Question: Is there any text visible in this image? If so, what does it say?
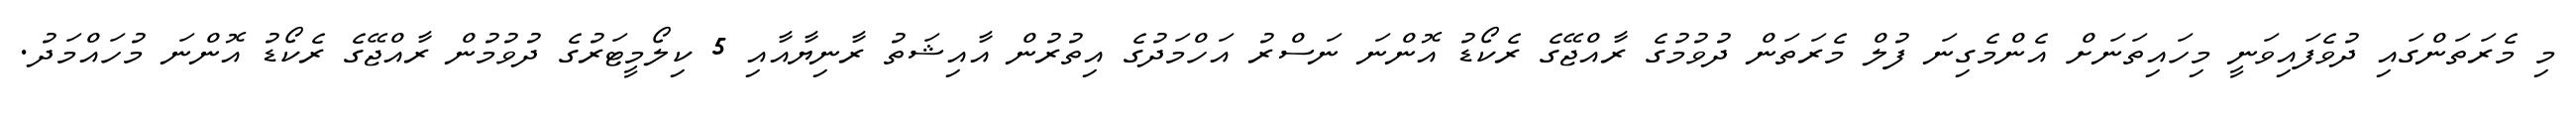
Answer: މި މެރަތަންގައި ދުވެފައިވަނީ މިހައިތަނަށް އެންމެގިނަ ފުލް މެރަތަން ދުވުމުގެ ރާއްޖޭގެ ރެކޯޑު އޮންނަ ނަސްރު އަހްމަދުގެ އިތުރުން އާއިޝަތު ރާނިޔާއާއި 5 ކިލޯމީޓަރުގެ ދުވުމުން ރާއްޖޭގެ ރެކޯޑު އޮންނަ މުހައްމަދު.